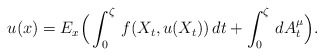
\begin{align*}u(x)=E_{x}\Big(\int_{0}^{\zeta}\,f(X_{t}, u(X_{t}))\,dt+\int_{0}^{\zeta}\,dA_{t}^{\mu}\Big).\end{align*}